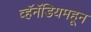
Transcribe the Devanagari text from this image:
व्हॅनॅडियमहून